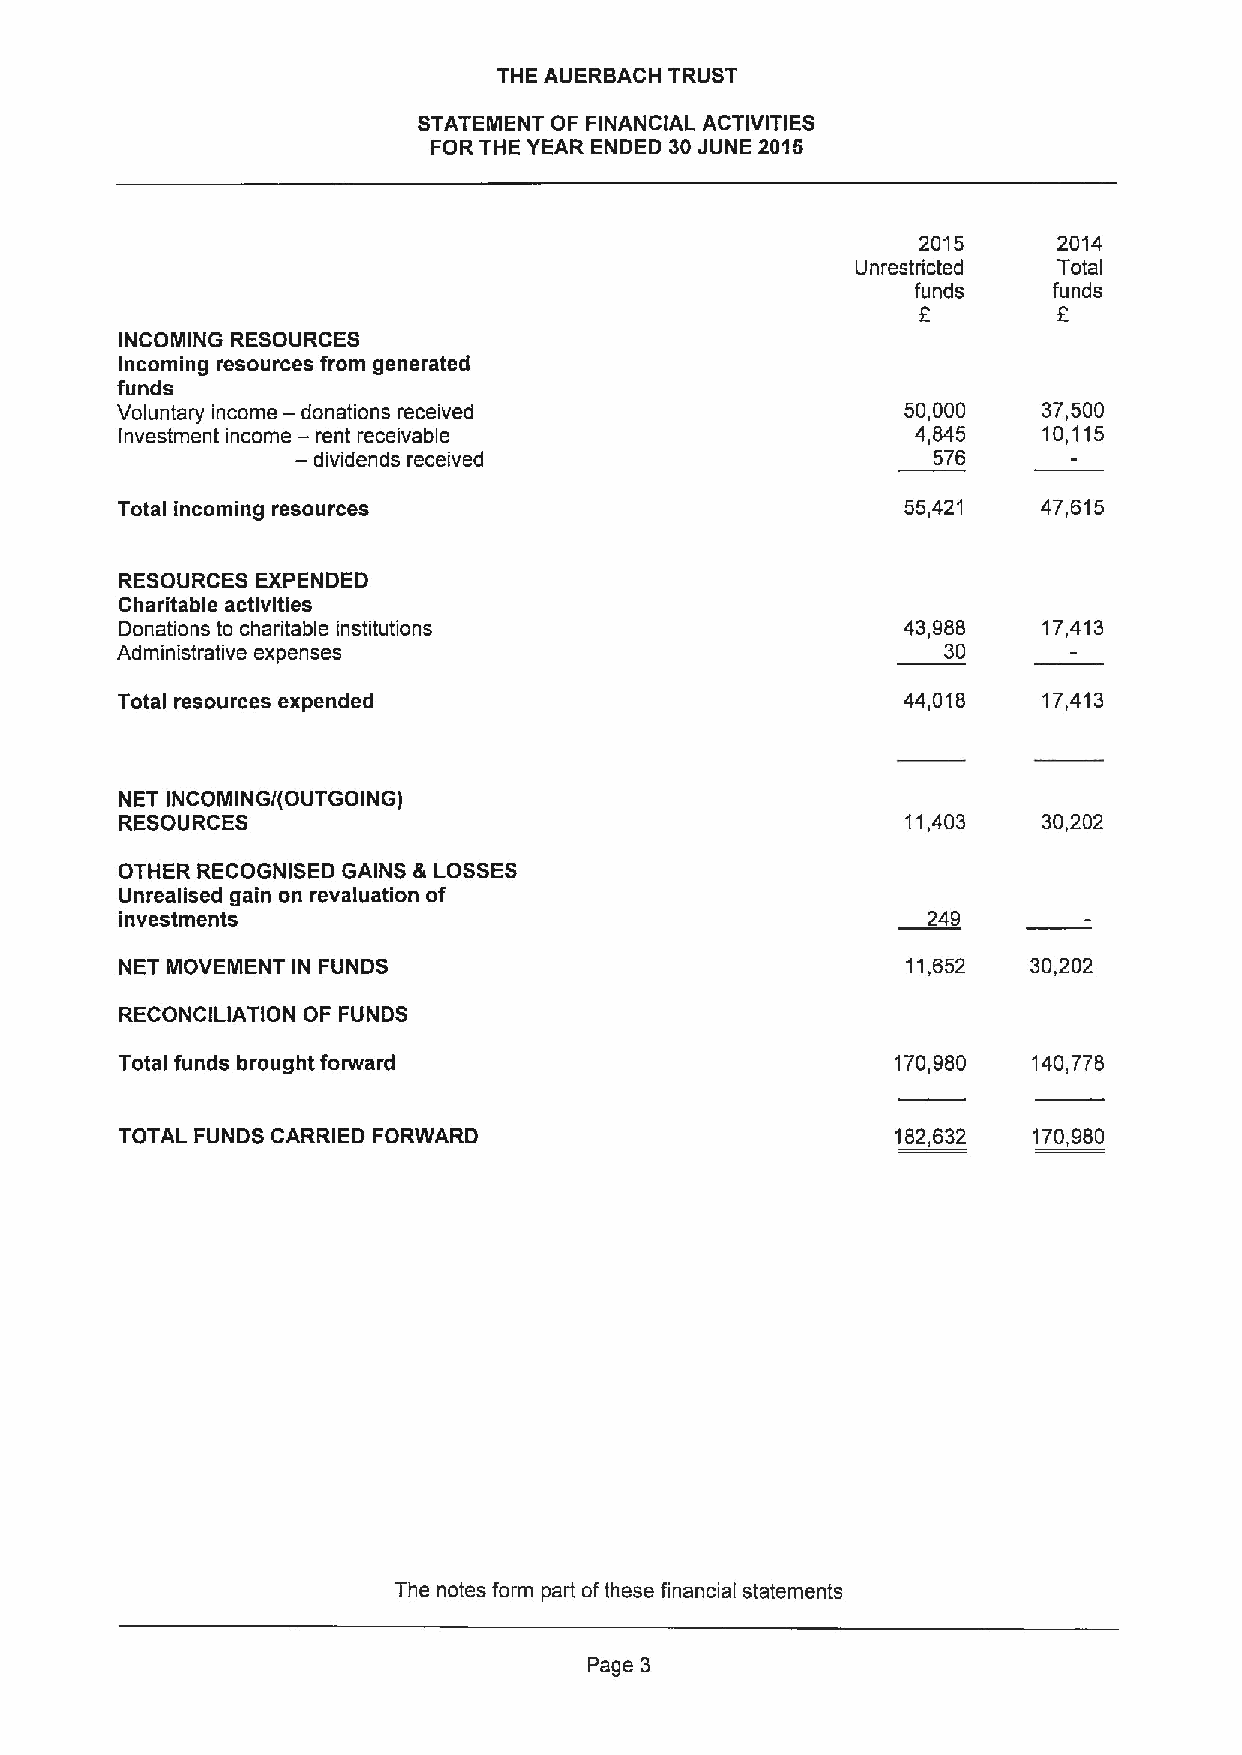
THE AUERBACH TRUST
 STATEMENT OF FINANCIAL ACTIVITIES
 FOR THE YEAR ENDED 30JUNE 2015
 2015     2014
 Unrestricted Total
 funds    funds
 9        6
 INCOMING RESOURCES
 Incoming resources from generated
 funds
 Voluntary income — donations received               50,000   37,500
 Investment income — rent receivable                  4,845   10,115
 — dividends received                      576
 Total incoming resources                            55,421   47,615
 RESOURCES EXPENDED
 Charitable activities
 Donations to charitable institutions                43,988   17,413
 Administrative expenses                                30
 Total resources expended                            44,018   17,413
 NET INCOMING/(OUTGOING)
 RESOURCES                                           11,403   30,202
 OTHER RECOGNISED GAINS & LOSSES
 Unrealised gain on revaluation of
 investments                                          249
 NET MOVEMENT IN FUNDS                               11,652  30,202
 RECONCILIATION OF FUNDS
 Total funds brought forward                        170,980  140,778
 TOTAL FUNDS CARRIED FORWARD                        182,632  170,980
 The notes form part ofthese financial statements
 Page 3